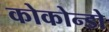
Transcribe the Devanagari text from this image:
कोकोन्डो